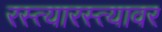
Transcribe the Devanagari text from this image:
रस्त्यारस्त्यावर